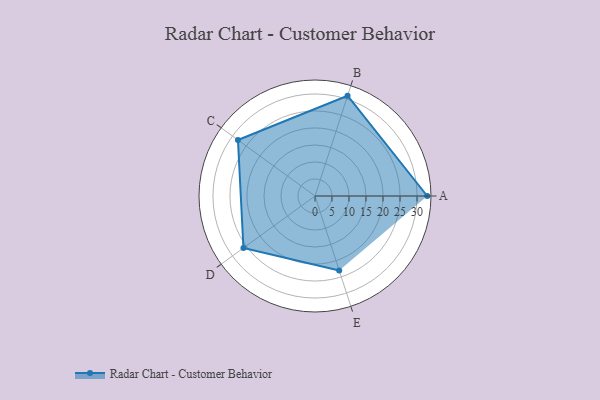
{"axis": {"x": "Skill", "y": "Score"}, "legend": ["Profile"], "data": [{"x": "A", "y": 33.0, "type": "Profile"}, {"x": "B", "y": 31.0, "type": "Profile"}, {"x": "C", "y": 28.0, "type": "Profile"}, {"x": "D", "y": 26.0, "type": "Profile"}, {"x": "E", "y": 23.0, "type": "Profile"}]}